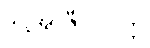
ဒိဋ္ဌိအာဇီဝဝိပတ္တိ